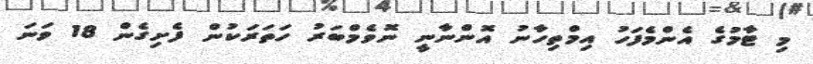
މި ޓާމުގެ އެންމެފަހު އިމްތިހާނު އޮންނާނީ ނޮވެމްބަރު ހަތަރަކުން ފެށިގެން 18 ވަނަ